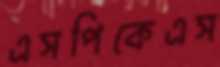
এসপিকেএস